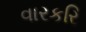
વારકરિ